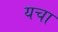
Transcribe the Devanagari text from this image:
यचा